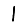
Digit: 1